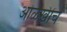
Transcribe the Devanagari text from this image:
ओळखींचे